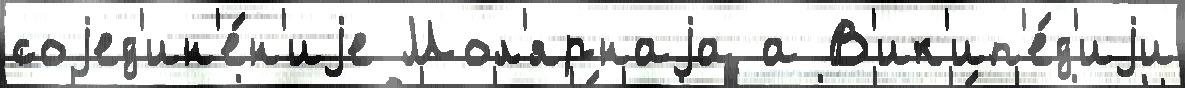
соjед'ин'е́н'иjе Мол'ярнаjа а В'ик'ип'е́д'иjи